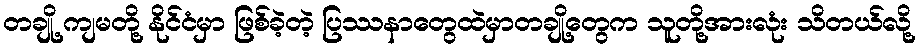
တချို့ ကျမတို့ နိုင်ငံမှာ ဖြစ်ခဲ့တဲ့ ပြဿနာတွေထဲမှာတချို့တွေက သူတို့အားလုံး သိတယ်လို့